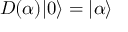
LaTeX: D ( \alpha ) | 0 \rangle = | \alpha \rangle